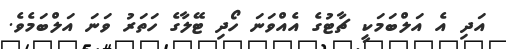
އަދި އެ އަލްބަމަކީ ޗާޓުގެ އެއްވަނަ ހޯދި ޓޭލާގެ ހަތަރު ވަނަ އަލްބަމެވެ.